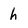
Character: h